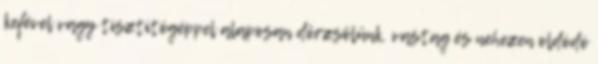
kefével vagy tisztítógéppel alaposan dörzsölünk. vastag és nehezen oldódó